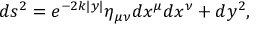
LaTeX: d s ^ { 2 } = e ^ { - 2 k | y | } \eta _ { \mu \nu } d x ^ { \mu } d x ^ { \nu } + d y ^ { 2 } ,